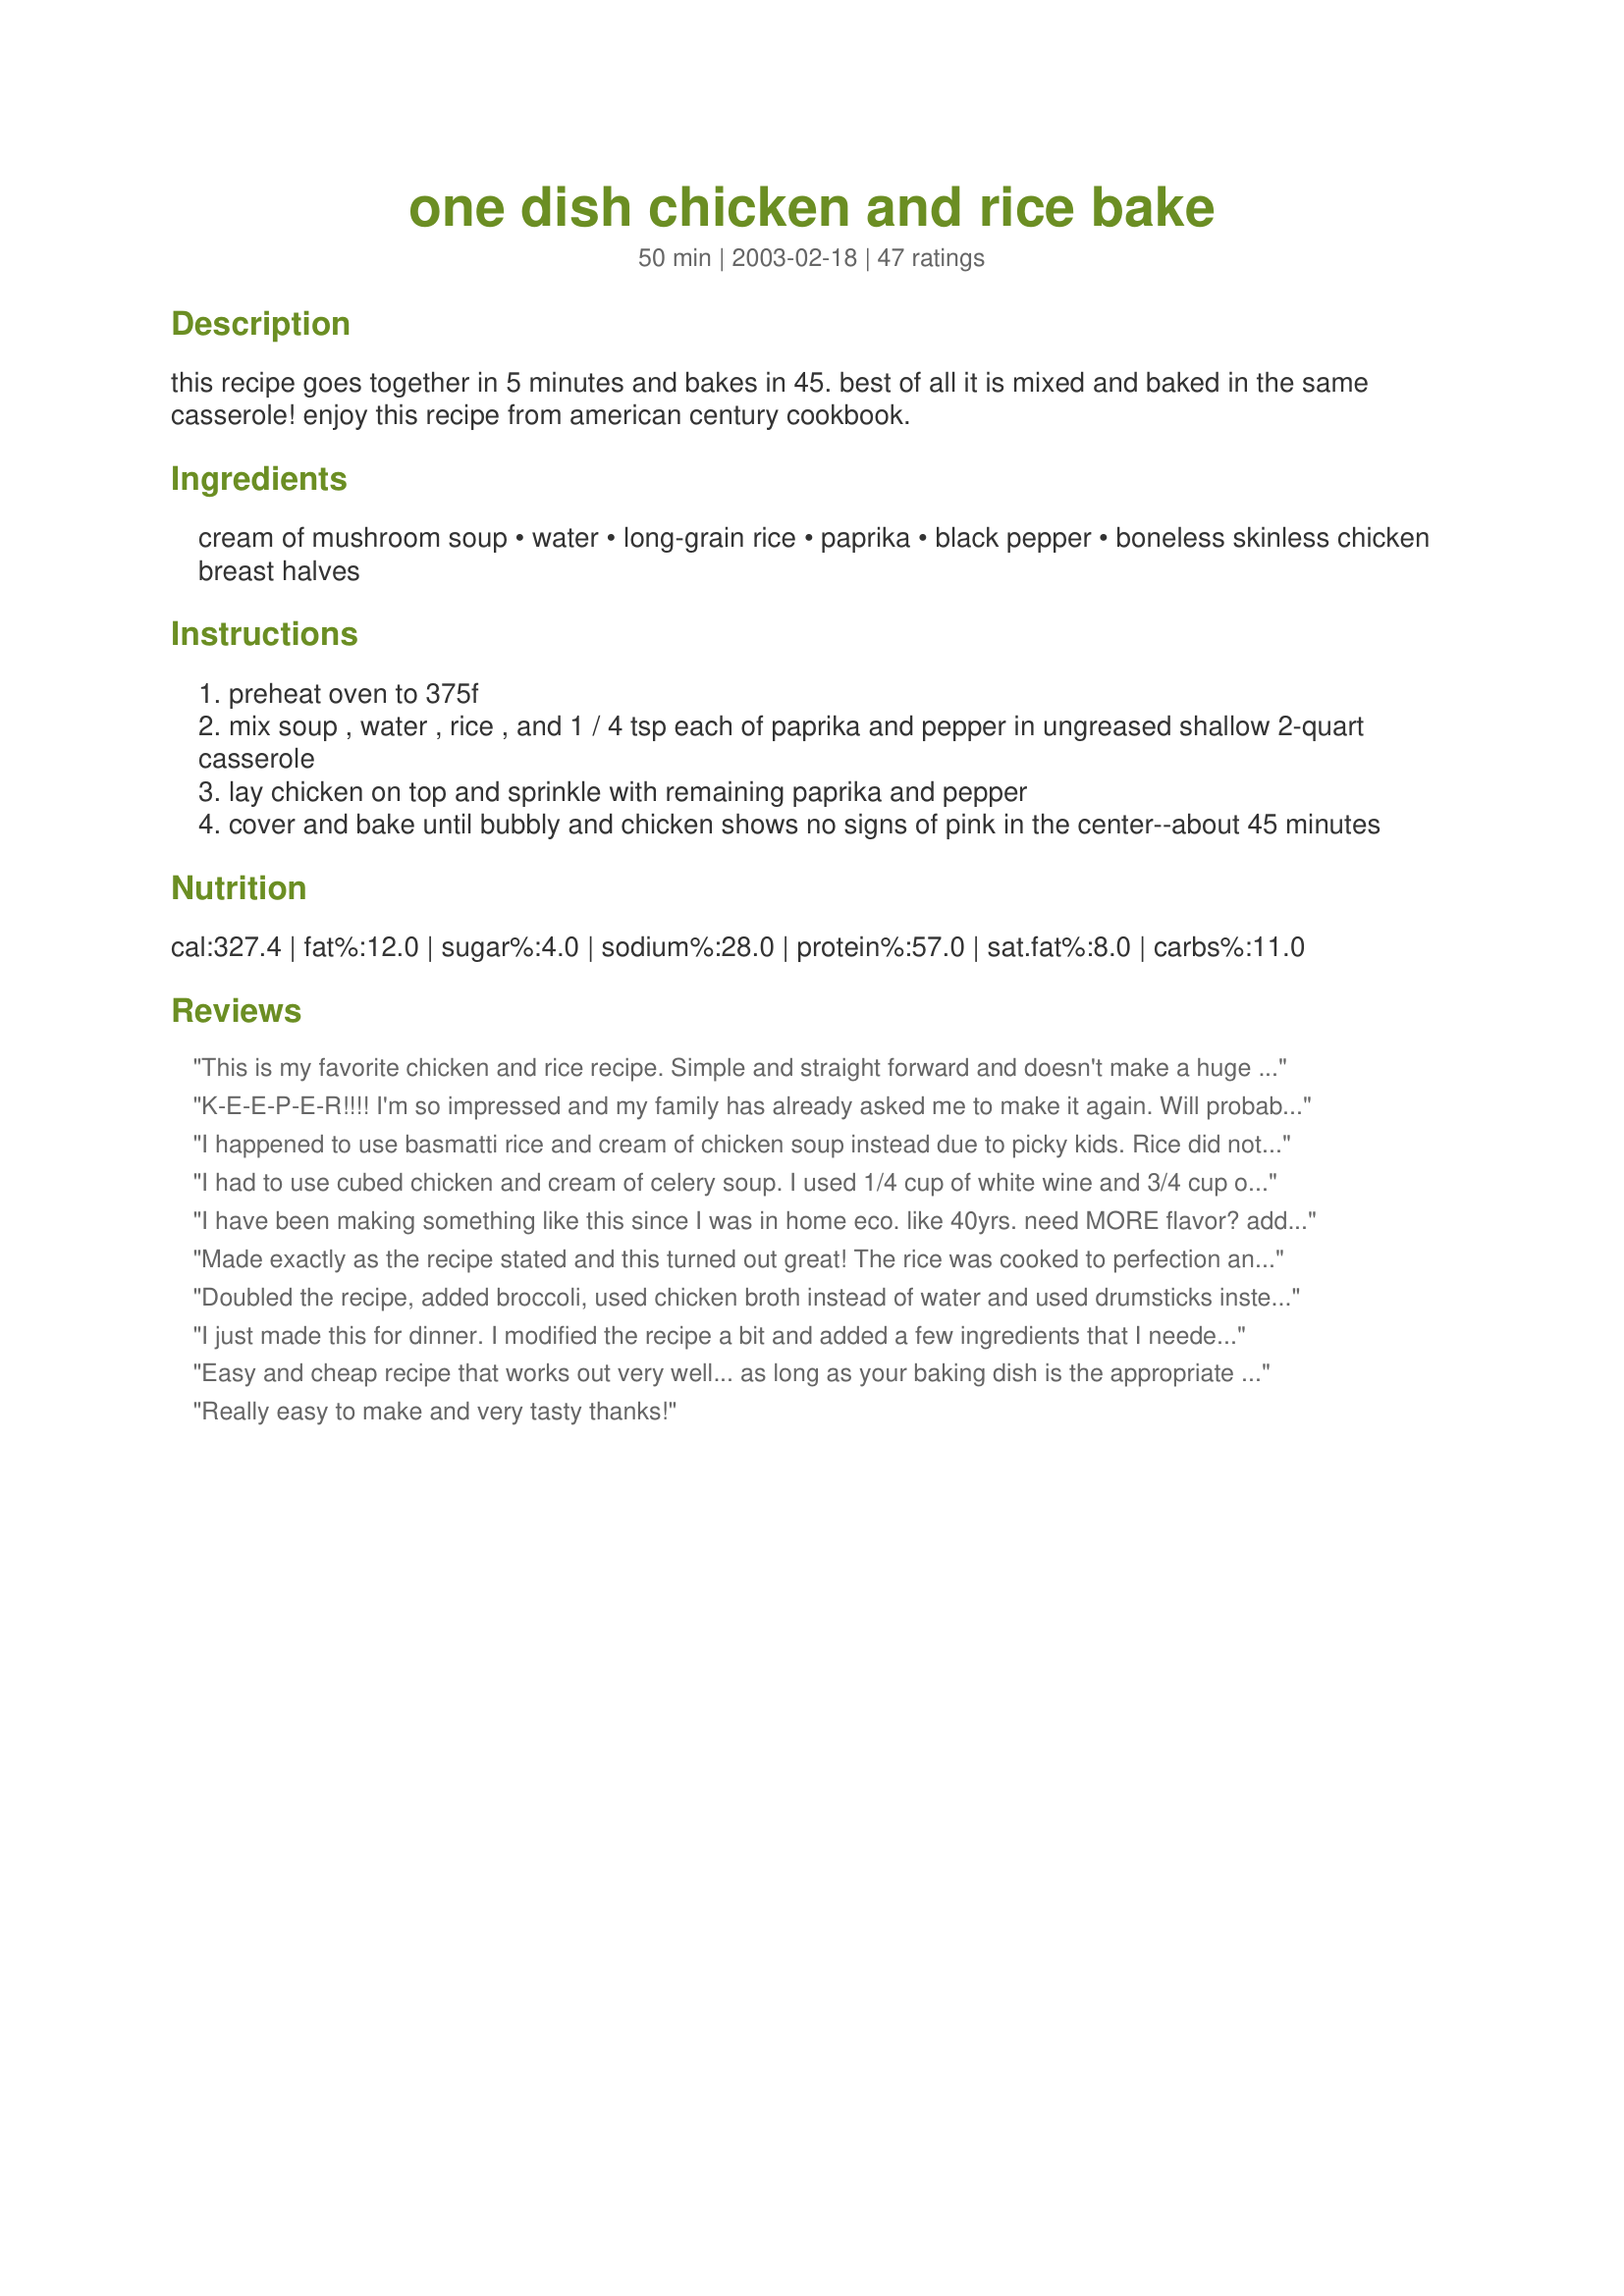
one dish chicken and rice bake
Preparation time: 50 minutes

this recipe goes together in 5 minutes and bakes in 45. best of all it is mixed and baked in the same casserole! enjoy this recipe from american century cookbook.

Ingredients:
cream of mushroom soup, water, long-grain rice, paprika, black pepper, boneless skinless chicken breast halves

Steps:
preheat oven to 375f
mix soup , water , rice , and 1 / 4 tsp each of paprika and pepper in ungreased shallow 2-quart casserole
lay chicken on top and sprinkle with remaining paprika and pepper
cover and bake until bubbly and chicken shows no signs of pink in the center--about 45 minutes

Reviews:
This is my favorite chicken and rice recipe. Simple and straight forward and doesn't make a huge amount. Just right for 2 adults and 2 small children. The only thing I ever change is the soup. Sometimes I use cream of chicken, or cream of chicken with herbs, or even cream of mushroom and roasted garlic. I do use chicken tenderloins and use less than the recipe calls for due to finances.
K-E-E-P-E-R!!!! I'm so impressed and my family has already asked me to make it again. Will probably be a bi-weekly dish in this house. The addition of peas and onions would go nicely in it as well, I think. Thanks so much for a yummy, very easy recipe!

I've already made this one about 10 times since I rated it. It's definitely one of those easy, family pleasing meals. I added peas in it the last time and they went so well with the flavor. Thanks again!
I happened to use basmatti rice and cream of chicken soup instead due to picky kids. Rice did not fully cook so I added more water (removed the chicken) also it tasted so bland I added spices and garlic would not make this again.
I had to use cubed chicken and cream of celery soup. I used 1/4 cup of white wine and 3/4 cup of water. Instead of just 1 cup of water. Tasted wonderful. Hubby and kid were happy.
I have been making something like this since I was in home eco. like 40yrs. need MORE flavor? add a can of cream of celery. Use chicken thighs w/skins, also sprinkle Season All season salt to the top of the entire dish. Bakes in 55-70 min at 350.
Made exactly as the recipe stated and this turned out great! The rice was cooked to perfection and the &quot;sauce&quot; was perfectly creamy, not watery at all. Can&#039;t believe how easy it is to make as well! Just make and forget while the magic happens in the oven! Great weeknight dish!
Doubled the recipe, added broccoli, used chicken broth instead of water and used drumsticks instead of breast, so good!!!
I just made this for dinner. I modified the recipe a bit and added a few ingredients that I needed to use up. I love rice cooked this way so I doubled it. I also added one can of cream of chicken soup. I used chicken broth instead of water. I mixed all the wet ingredients and added three cloves of fresh, chopped garlic, poured it over the rice in the baking dish. I then added chopped mushrooms and broccoli around the edges and placed the chicken breast in the center. Once the rice became tender, I removed the foil, added shredded Parmesan cheese and broiled it until a light golden brown. It was so pretty haha! It was also very good!
Easy and cheap recipe that works out very well... as long as your baking dish is the appropriate size. Made that mistake the first time.
Really easy to make and very tasty thanks!
This was pretty good but of course I had to add my &quot;tweaks&quot;. I used &quot;Cream of Chicken&quot; but NO WATER - I used a can full of White wine. I also added 1/2 tsp of Onion powder and about a tbl spoon of minced garlic. For the chicken; because it's just hubby and I I used 2 whole chicken breasts seasoned lightly with Montreal Steak Seasoning. The last 10 minutes I uncovered the dish, removed the chicken, stirred the rice, replaced the chicken and sprinkled Mexican Cheese blend on the chicken. Baked the last 10 minutes uncovered. The chicken was so tender and the rice had a really good flavor because of the wine. Next time I think I will reduce the wine and do 1/2 and 1/2 wine and chicken broth. Very easy and very yummy!!
I also added .5 pkg of onion garlic dry soup mix, a can of mushrooms and their liquid instead of water. Sprinkled chicken with poultry seasoning and dusted everything with smoked paprika before putting in oven.
Quick, easy and tasty
My husband didn't like this because he found the rice too mushy. It's pretty much what you expect rice mixed with cream of mushroom to taste like. It might appeal to kids.
This has been an easy weeknight meal at my house for a long time now. The only difference I make is add 1 tsp. of garlic salt and cut the chicken into bite size pieces and mix it all together. The last five minutes I cover with cheese slices. The kids love the cheese and the bite size chicken!
My kids ate this!!! My 6yo dd, who is very picky and claims to HATE rice ate everything on her plate. She even had 2nds on the chicken. I did add some extra water and sprinkled cheese on top for the last 10 mins of bake time. Some of the other reviews said it was simple or bland so I added garlic and roasted red pepper seasoning to the mixture. Very tasty!!!
This dish has been one of my MIL's standard dinners for years and years. I used to make it a lot in the late 70s and 80s, too. It is easy to put together and makes a great meal when served with a green veg. The recipe also works well with pork chops (just brown them first). I always used to season the chicken or chops with a wee bit of poultry seasoning. Make sure you use regular long-grain rice in this dish; minute rice will go too mushy and brown rice won't cook thoroughly. Thanks Bev, for posting this classic for all to discover.
Really great.Makes a fast dinner on a busy week night
This recipe is perfect for a weeknight when you need something hardy, quick. Thanks for posting!
It was good, but kinda plain. I even added about a teaspoon of chicken soup base to the soup/water mixture to try and perk it up. It's a good, basic recipe that I will more than likely make again, it's just nothing to write home about.
Used packaged cream of mushroom mix and a small can of pieces and stems of mushroom. My other half had to work late so I refrigerated her share and reheated it the following day both times excellent and the clean up is the best part. One dish to wash is always a plus. Thanks Bev.
Can't get any easier than this!! I think it didn't even take me five minutes to prepared this dish!! ;) It's perfect for a weeknight meal and quite tasty! thanks Bev! :)
Thank You for the wonderful recipe. My brother and wife loves it. Freezes very well and reheat just as good. I did it myself. Thank You for a wonderful recipe to make my family in a time of need. Many Hugs
I love this as a base for chicken rice bake. I make it all of the time. This time, I doubled it, added a can of drained asparagus, a handful of French fried onions, and topped with an envelope of dry onion soup mix and clipped green onions. I did use ff mushroom soup to allow for the ff onions.
Been making this for a long time. Made it for dinner tonight. The only difference to mine is add 1 teas. garlic salt.
We all really liked this. My only complaint was that the chicken was dry. I think next time I may try using tenders or cutting the chicken into pieces. Other wise the flavor was good and I'll work on making the chicken work for us. I served it with French Green Beans With Garlic and Sliced Almonds Recipe #107639 which was a great compliment to this dish. Thanks for posting.
I tried this last night. It came out pretty well. It was easy to make and to cook in good time. I used Uncle Ben's Long Grain white rice which worked out pretty well for the dish. I had enough for one serving, though I didn't finish my chicken breast since I was full already. Thanks for sharing.
I have this recipe but I add 1 pkg. dry onion soup mix to the soup and 1 can of mushrooms. Very good!
I am giving this dish 5 stars! Making this tonight for my fifth time. It has never been a FLOP. Each time it has turned out well. So easy to put 2gether. Family loves it n has asked for it all 5 times. If you have not tried this casserole . I highly recommend that you do. Love it!!!!!!!!
Pretty tasty, easy to make supper. It was a little bland, so next time would add in some extra seasonings, maybe the dry onion soup mix as others have. Made using chicken tenders since that's what we had. Thanks for posting!
This was quite good and very simple to make. I only had a clean 3 qt. casserole dish so I used that and just used two cans of soup and 1 3/4 cups water and also used a full cup of rice. I also added mrs dash garlic and herb seasoning just to add some more flavor. I think there is a bit too much pepper to it, but it turned out great. The chicken stayed moist and the rice was nice and creamy. I did have to stir it part way through baking because the rice was sticking to the dish, but it was no trouble. Oh I also added a handful of shredded cheese to the mix before baking. We served it with steamed broccoli which complimented it well.
I made this chicken last night and was very disappointed. I used Basmatti long grain brown rice, mixed it with the water and soup and placed it in the bottom of the pan with chick on top. I covered it and baked it for 45 minutes...while the chicken was more than done the rice didn't fully cook and everything was watery.Given the other high review I must have done something very wrong! I ended up cooking some more rice on the stove to add to the pan to try and salvage the meal.
Just like I remember my grandmother making. The only difference was she used a cut up chicken. I tweaked only a little by sprinkling some garlic powder, and Herbes de Provence along with the Paprika, over the tops of the Chicken before baking. Rice came out just right and chicken was moist & juicy. Thanks for posting.
While the taste was delicious (I added a pkg of Lipton onion soup mix &amp; mushrooms), most of the rice didn&#039;t cook thoroughly. I followed the recipe exactly but I must have done something wrong. I will definitely try again!
This is a nice, basic weeknight dinner. I did tweak it a little: I used Recipe #18157 instead of canned cream of mushroom (a healthier and more appealing alternative) and therefore I cut back the water to 3/4 cup; I cut up 1 lb of chicken breast and mixed it in with the rice; and I sprinkled generously with salt and pepper. I added the whole 1/2 tsp of paprika to the entire mix. I cooked for 40-45 minutes so that the rice was fully cooked but the chicken was slightly overdone. Next time, I will cut the chicken into bigger chunks. But the flavor was very good and the casserole lends itself to be served with a variety of side dishes. I also cooked some brown rice separately and mixed it in with the chicken and rice before serving to add a bit more dimension to the dish. Thanks for posting!
This was very good. I had to add salt because I must have picked up low sodium soup by mistake. Also I had to add an extra 15 mins to the time since the rice was still slightly tough. Wonderful receipt. Thanks
It has possibilities, will work on it.
I was really excited to try this recipe, but found that it really lacked flavor. I wish I had taken some of the advice of other raters and added some other flavors. I did add some mushrooms, but it really didn't taste like much at all.
Good for a weeknight meal.
I&#039;m giving it 5 stars because of what I added to it. I sauteed a medium onion and 3 celery ribs (both finely diced) and garlic, and doubled the recipe. Added a few preferred seasonings, such as a tsp of Cajun seasoning, and a tsp of McCormick&#039;s Perfect Pinch and it was amazing. Some complained in the reviews that it was bland which is why I did this. Will be making this again and again. Even my mother, who is sensitive to anything like Cajun seasoning, loved it.
I liked it. The chicken was flavorless so I added some sauce to my plate to dunk the chicken into. The rice was super yummy though. My husband is from El Salvador and acted tortured to have to eat it. He said it was flavorless. If I ever divorce him I will make it again! :-)
I screwed this up big time! I was able to salvage it though- I used brown rice and added extra water in hopes it would cook fully at 400 degrees for 45 mins. I did cut my chicken into bite size pieces. Cooking for 45 mins at 400 degrees didn't work so I poured it into a sauce pan and simmered it for a while- my rice still wasn't fully cooked so I kept adding water and boiling it until my rice was cooked. Finally some success! I did use cream of chicken soup because that's what I had on hand plus some green onion that I needed to use up, a sprinkle of poultry seasoning, a dash of red pepper flakes and about 2 T of sour cream to make this extra creamy. I'm not even sure if I should rate this but I do plan on making it the real way next time. Another oops was that my chicken was marinaded in a garlic and herb dressing but it all worked out in the end.
A Great base to work with :) I love rice and this is an easy guidline. i cut the chicken smaller for prefrence, and added garlic pepper seasoning and 1/4 cup sour cream and corn. Next time i may try some chili powder and black beans :)
One of my favorite standby/go-to recipes. My variation uses Old Bay seasoning and smoked paprika on the meat, and I include a sauted diced medium onion and a box of fresh mushrooms, broken into pieces. Mix those into the rice/soup mixture. I also use thighs instead of breasts. Chicken and rice are both naturally bland, so I season them both, and fairly aggressively (just don't go too far).
I made this tasty little dish last night, and my family and I enjoyed it so much, there was none left. I did use whole chicken legs instead, and added creole seasoning as well. This is a keeper which I will be making again. Thanx for posting.
What can I use instead of the cream of mushroom soup? Would water with extra spices be okay?
I was so excited about making this dish in the crockpot, but somehow it went horribly wrong. Was not even edible. I used long grain rice because the recipe didn't specify. Maybe that is where I went wrong. I used 40oz COM soup &amp; 3 cups of milk. It literally was a paste you could hang wallpaper with and it was bland no matter what I did to it. Epic failure!
Just like Mom's! Thanks for sharing. I did sub cream of chicken soup, as it's what my husband prefers. Baked this longer just in case. As for the reviewer who used brown rice... Brown rice takes significantly longer than white to cook, so that was probably the difficulty you had. I love chicken and rice, but never get the amount of rice to liquid right. This was spot on. The perfect amount for my family with two little ones.
